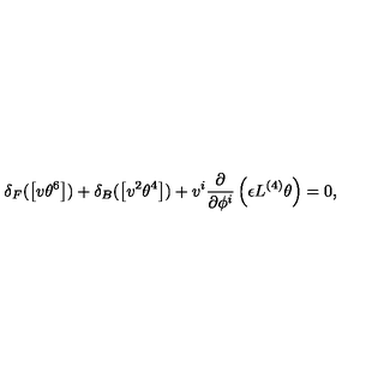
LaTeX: \delta _ { F } ( \left[ v \theta ^ { 6 } \right] ) + \delta _ { B } ( \left[ v ^ { 2 } \theta ^ { 4 } \right] ) + v ^ { i } \frac { \partial } { \partial \phi ^ { i } } \left( \epsilon L ^ { ( 4 ) } \theta \right) = 0 ,